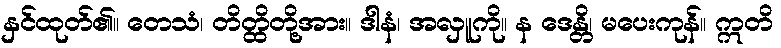
နှင်ထုတ်၏။ တေသံ၊ တိတ္ထိတို့အား။ ဒါနံ၊ အလှူကို။ န ဒေန္တိ၊ မပေးကုန်။ ဣတိ